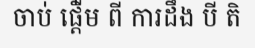
ចាប់ ផ្តើ់ម ពី ការដឹង បី តិ